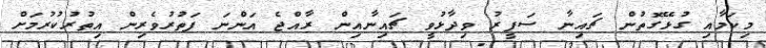
މިކަމާއި ގުޅޭގޮތުން ޗައިނާ ސަފީރު ވިދާޅުވީ ޗައިނާއިން ރާއްޖެ އަންނަ ފަތުރުވެރިން އިތުުރުކުރުމަށް